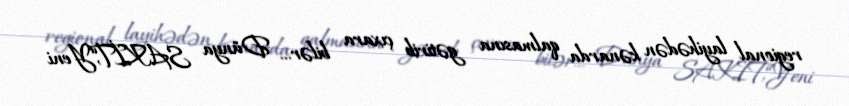
regional layihədən kənarda qalmasına gətirib çıxara bilər... Dünya SAKİT,“Yeni